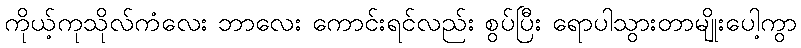
ကိုယ့်ကုသိုလ်ကံလေး ဘာလေး ကောင်းရင်လည်း စွပ်ပြီး ရောပါသွားတာမျိုးပေါ့ကွာ